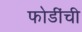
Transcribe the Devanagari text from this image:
फोडींची